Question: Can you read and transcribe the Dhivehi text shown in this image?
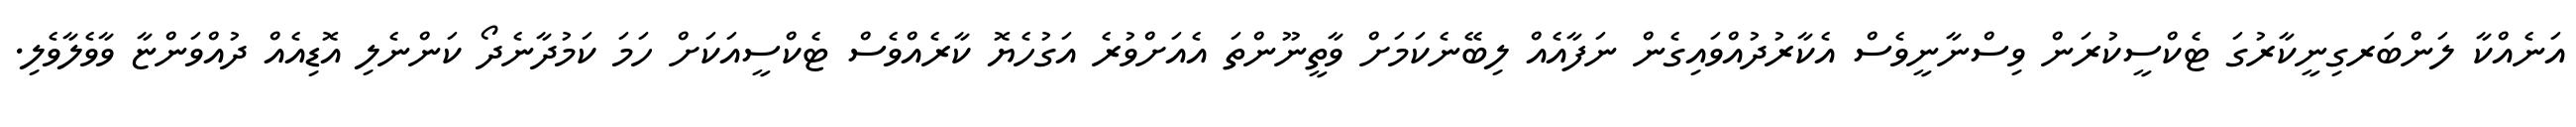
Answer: އަނެއްކާ ލަންބަރގިނީކާރުގަ ޓެކްސީކުރަން ވިސްނާނީވެސް އެކާރުދުއްވައިގެން ނަފާއެއް ލިބޭނެކަމަށް ވާތީނޫންތަ އެއަށްވުރެ އަގުހެޔޮ ކާރެއްވެސް ޓެކްސީއަކަށް ހަމަ ކަމުދާނެދޯ ކަންނެލި އޮޑިއެއް ދުއްވަންޏާ ވާވެލާވެލި.